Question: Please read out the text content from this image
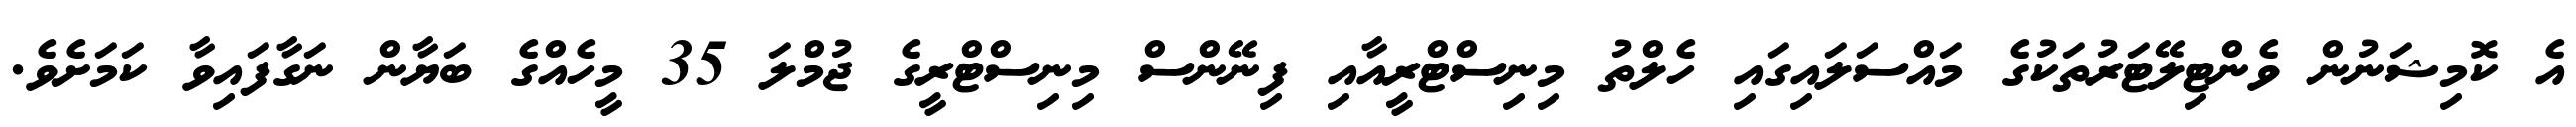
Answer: އެ ކޮމިޝަނުން ވެންޓިލޭޓަރުތަކުގެ މައްސަލައިގައި ހެލްތު މިނިސްޓްރީއާއި ފިނޭންސް މިނިސްޓްރީގެ ޖުމްލަ 35 މީހެއްގެ ބަޔާން ނަގާފައިވާ ކަމަށެވެ.